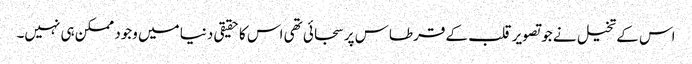
اس کے تخیل نے جو تصویر قلب کے قرطاس پر سجائی تھی اس کا حقیقی دنیا میں وجود ممکن ہی نہیں۔